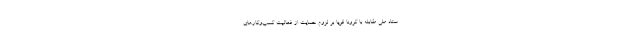
ستاد ملی مقابله با کرونا قویا بر لزوم حمایت از فعالیت کسب‌وکارهای